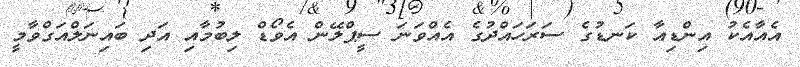
އެއާއެކު އިންޑިއާ ކަނޑުގެ ސަރަހައްދުގެ އެއްވަނަ ސީޕްލޭން އެވޯޑް ލިބުމާއި އަދި ބައިނަލްއަގްވާމީ